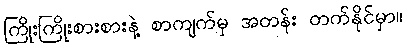
ကြိုးကြိုးစားစားနဲ့ စာကျက်မှ အတန်း တက်နိုင်မှာ။